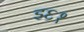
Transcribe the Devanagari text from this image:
इ६१